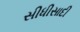
સીધીસાદી